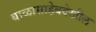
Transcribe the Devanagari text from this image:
बाळासाहेबदेखील